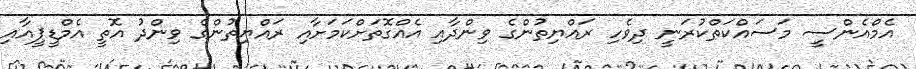
އެމްއެންސީ މަސައްކަތްކުރަނީ ދިވެހި ރައްޔިތުންގެ ވިންދާއި އެއްގޮތަށްކަމަށާއި ރައްޔިތުންގެ ވިންދު އޮތީ އެމްޑީޕީއާއި